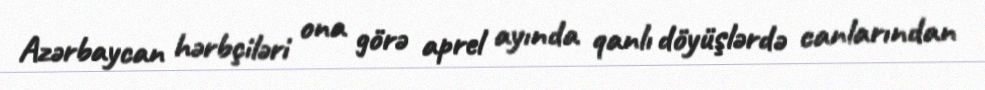
Azərbaycan hərbçiləri ona görə aprel ayında qanlı döyüşlərdə canlarından